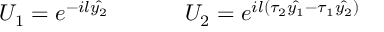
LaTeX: U _ { 1 } = e ^ { - i l \hat { y _ { 2 } } } ~ ~ ~ ~ ~ ~ ~ ~ ~ ~ U _ { 2 } = e ^ { i l ( \tau _ { 2 } \hat { y _ { 1 } } - \tau _ { 1 } \hat { y _ { 2 } } ) }